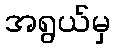
အရွယ်မှ